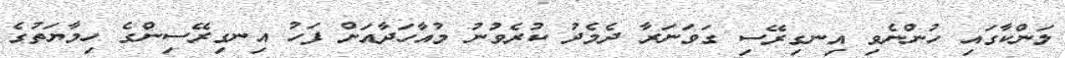
ލަންކާގައި ހުންނެވި އިނގިރޭސި ގަވަނަރާ ދެމެދު ކުރެވުނު މުއާހަދާއަށް ފަހު އިނގިރޭސިންގެ ހިމާޔަތުގެ